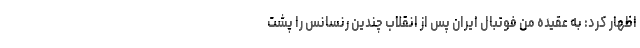
اظهار کرد: به عقیده من فوتبال ایران پس از انقلاب چندین رنسانس را پشت